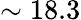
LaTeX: \sim 18.3